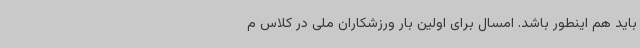
باید هم اینطور باشد. امسال برای اولین بار ورزشکاران ملی در کلاس م